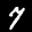
Label: 7